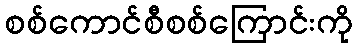
စစ်ကောင်စီစစ်ကြောင်းကို